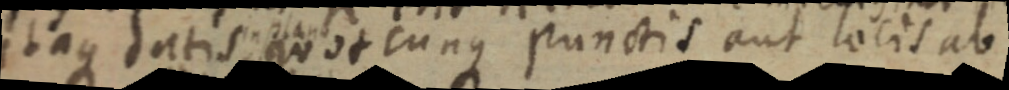
itaque datis quotcunque punctis aut locis ab